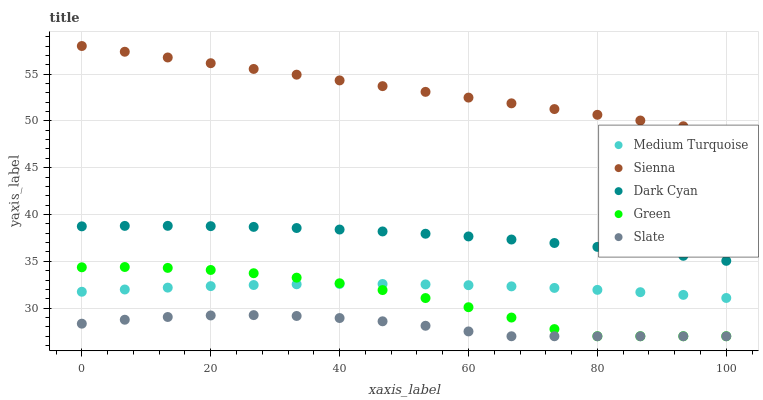
| xaxis_label | Medium Turquoise | Sienna | Dark Cyan | Green | Slate |
 | --- | --- | --- | --- | --- | --- |
 | 0 | 31.8 | 58 | 38.7 | 34.4 | 28.3 |
 | 6.67 | 32 | 57.4 | 38.8 | 34.4 | 28.8 |
 | 13.3 | 32.2 | 56.8 | 38.8 | 34.3 | 29.1 |
 | 20 | 32.4 | 56.2 | 38.8 | 34.1 | 29.2 |
 | 26.7 | 32.5 | 55.6 | 38.7 | 33.7 | 29.3 |
 | 33.3 | 32.6 | 54.9 | 38.6 | 33.3 | 29.2 |
 | 40 | 32.6 | 54.3 | 38.4 | 32.7 | 28.9 |
 | 46.7 | 32.6 | 53.7 | 38.2 | 31.9 | 28.6 |
 | 53.3 | 32.5 | 53.1 | 37.9 | 31.1 | 28.1 |
 | 60 | 32.5 | 52.5 | 37.7 | 30.1 | 27.5 |
 | 66.7 | 32.3 | 51.9 | 37.3 | 29 | 27 |
 | 73.3 | 32.2 | 51.3 | 37 | 27.8 | 27 |
 | 80 | 32 | 50.7 | 36.5 | 27 | 27 |
 | 86.7 | 31.7 | 50 | 36.1 | 27 | 27 |
 | 93.3 | 31.4 | 49.4 | 35.6 | 27 | 27 |
 | 100 | 31.1 | 48.8 | 35.1 | 27 | 27 |